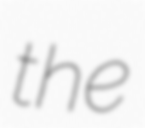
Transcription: the